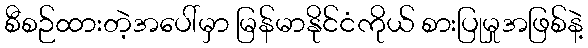
စီစဉ်ထားတဲ့အပေါ်မှာ မြန်မာနိုင်ငံကိုယ် စားပြုမှုအဖြစ်နဲ့